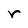
Character: r